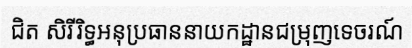
ជិត សិរីរិទ្ធអនុប្រធាននាយកដ្ឋានជម្រុញទេចរណ៍